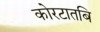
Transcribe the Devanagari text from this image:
कोरटातबि